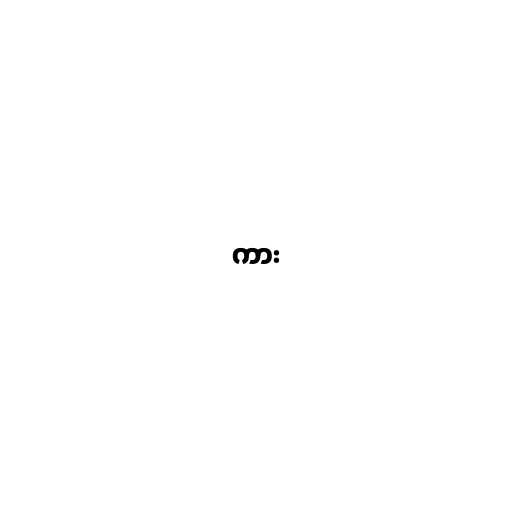
ကား